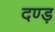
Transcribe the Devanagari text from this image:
दण्ड़